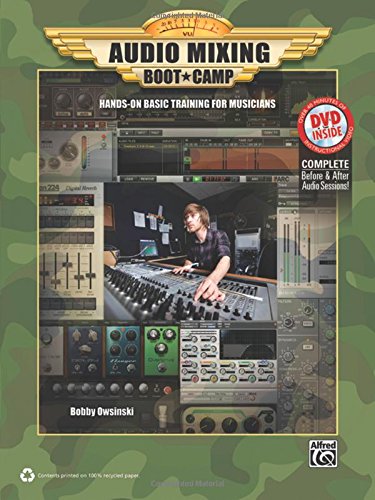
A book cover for Audio Mixing Boot Camp: Hands-On Basic Training for Musicians (Book & DVD); Bobby Owsinski; Crafts, Hobbies & Home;